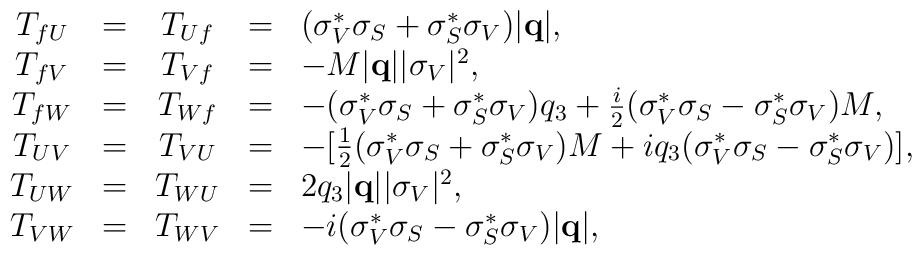
\begin{array}{ccccl}T_{fU}&=&T_{Uf}&=&(\sigma_V^{\ast}\sigma_S+\sigma_S^{\ast}\sigma_V)\mbox{$\left| {\bf q} \right|$}, \\T_{fV}&=&T_{Vf}&=&-M\mbox{$\left| {\bf q} \right|$}|\sigma_V|^2, \nonumber \\T_{fW}&=&T_{Wf}&=&-(\sigma_V^{\ast}\sigma_S+\sigma_S^{\ast}\sigma_V)q_3           +\frac{i}{2}(\sigma_V^{\ast}\sigma_S-\sigma_S^{\ast}\sigma_V)M,  \\T_{UV}&=&T_{VU}&=&-[\frac{1}{2}(\sigma_V^{\ast}\sigma_S+                                     \sigma_S^{\ast}\sigma_V)M                 +iq_3(\sigma_V^{\ast}\sigma_S-\sigma_S^{\ast}\sigma_V)],  \\T_{UW}&=&T_{WU}&=&2q_3\mbox{$\left| {\bf q} \right|$}|\sigma_V|^2,  \\T_{VW}&=&T_{WV}&=&-i(\sigma_V^{\ast}\sigma_S-\sigma_S^{\ast}\sigma_V)\mbox{$\left| {\bf q} \right|$},\end{array}